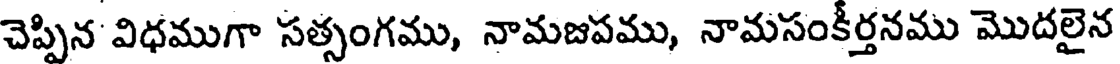
చెప్పిన విధముగా సత్సంగము, నామజపము, నామసంకీర్తనము మొదలైన